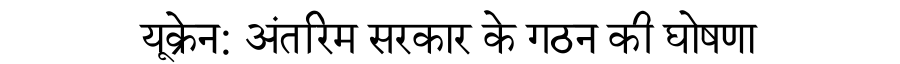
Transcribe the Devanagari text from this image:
यूक्रेन: अंतरिम सरकार के गठन की घोषणा